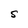
Character: S